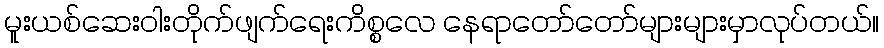
မူးယစ်ဆေးဝါးတိုက်ဖျက်ရေးကိစ္စလေ နေရာတော်တော်များများမှာလုပ်တယ်။